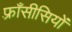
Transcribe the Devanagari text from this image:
फ़्राँसीसियों